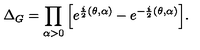
\Delta _ { G } = \prod _ { \alpha > 0 } \Big [ e ^ { \frac { i } { 2 } ( \theta , \alpha ) } - e ^ { - \frac { i } { 2 } ( \theta , \alpha ) } \Big ] .